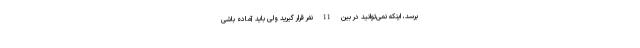
برسد، اینکه نمی‌توانید در بین 11 نفر قرار گیرید ولی باید آماده باشی